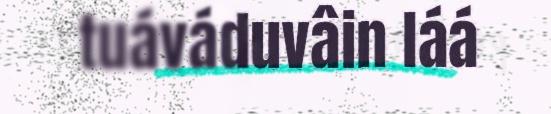
tuáváduvâin láá